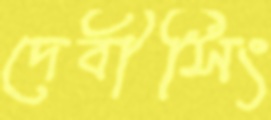
দেবীসিং